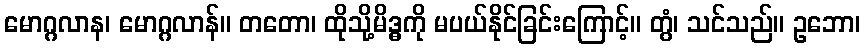
မောဂ္ဂလာန၊ မောဂ္ဂလာန်။ တတော၊ ထိုသို့မိဒ္ဓကို မပယ်နိုင်ခြင်းကြောင့်။ တွံ၊ သင်သည်။ ဥဘော၊